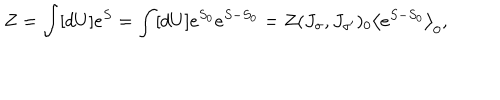
LaTeX: Z = \int [ d U ] e ^ { S } = \int [ d U ] e ^ { S _ { 0 } } e ^ { S - S _ { 0 } } = Z ( J _ { \sigma } , J _ { \sigma ^ { \prime } } ) _ { 0 } \left\langle e ^ { S - S _ { 0 } } \right\rangle _ { 0 } ,